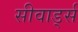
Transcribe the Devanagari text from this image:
सीवार्ड्स